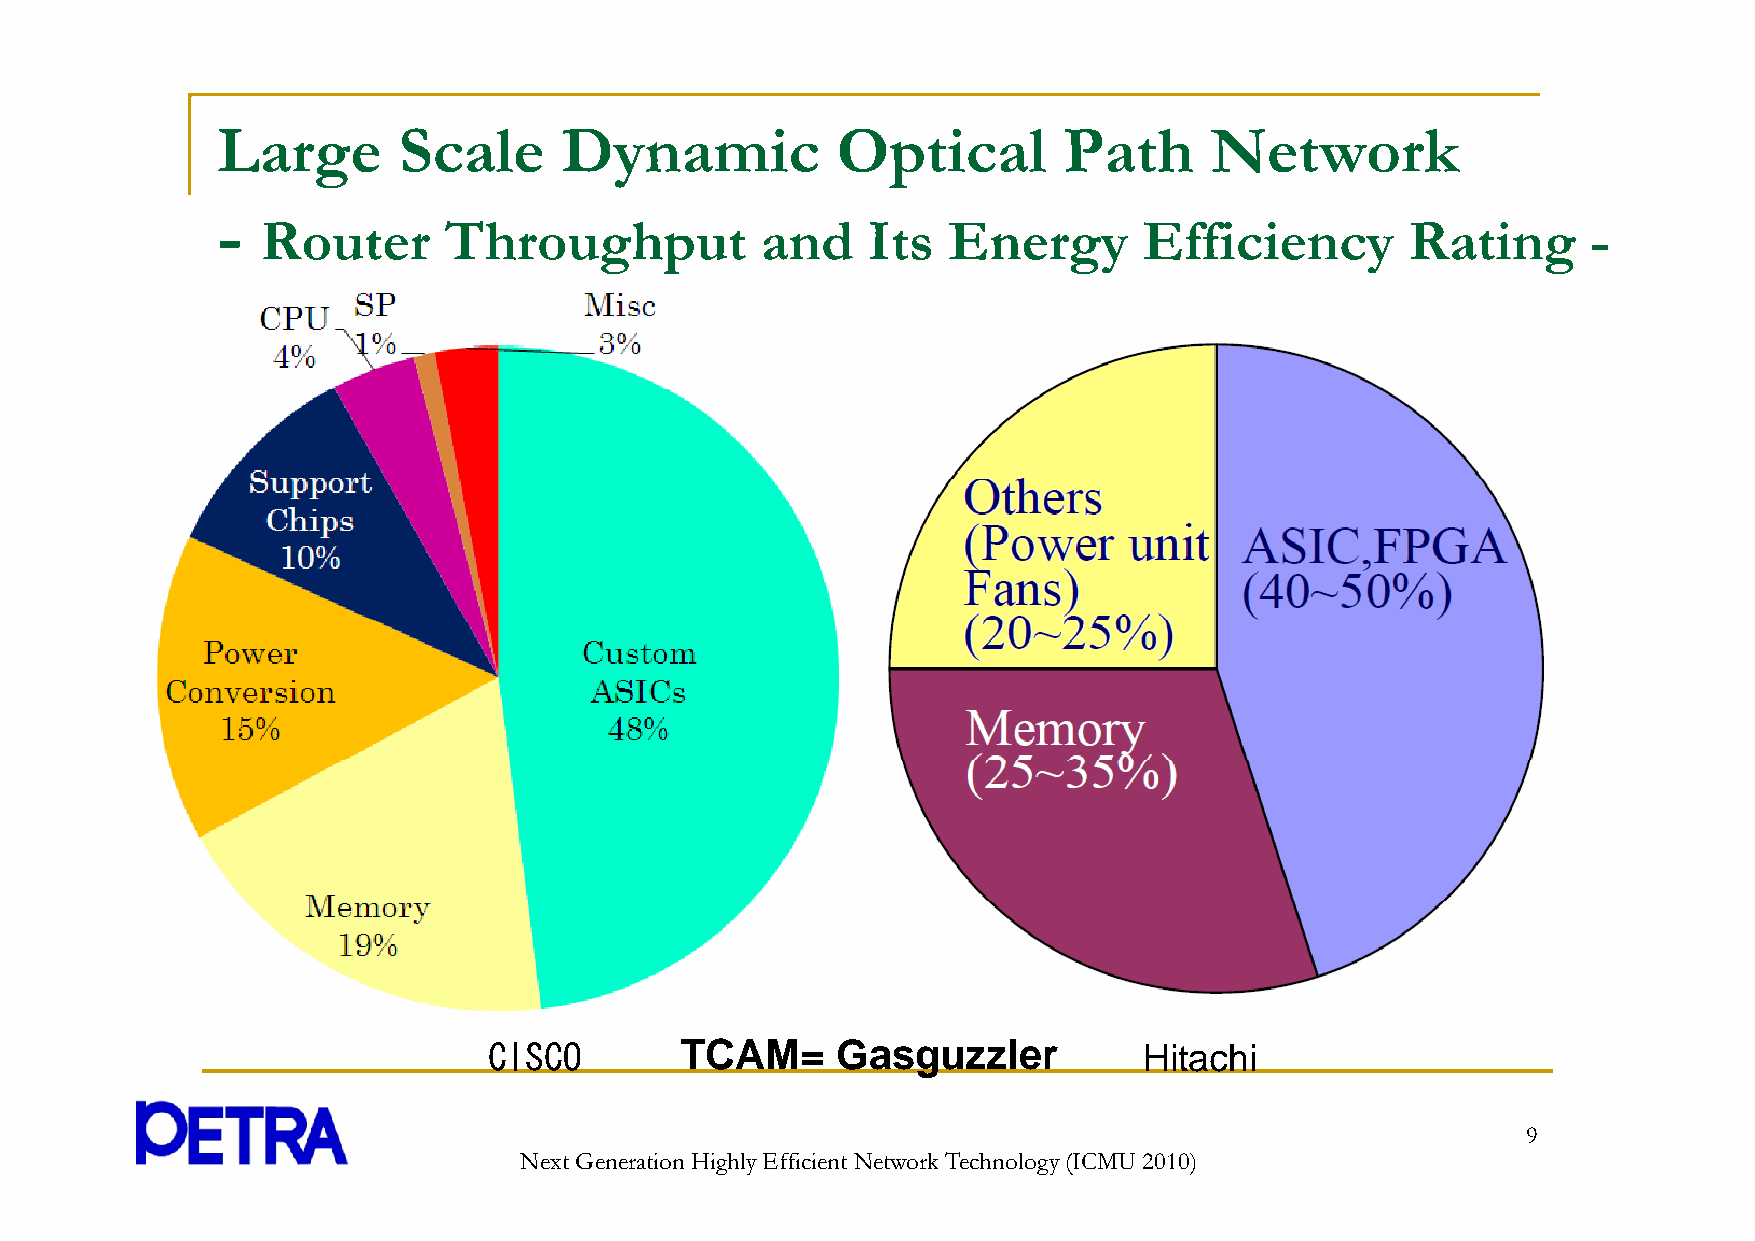
Large       Scale      Dynamic           Optical        Path      Network
 -
 Router      Throughput           and    Its   Energy       Efficiency       Rating      -
 CCIISSCCOO   TTCCAAMM= GGasguzzller         Hitachi
 9
 Next Generation Highly Efficient Network Technology (ICMU 2010)